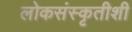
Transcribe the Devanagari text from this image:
लोकसंस्कृतीशी